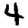
Digit: 4